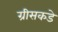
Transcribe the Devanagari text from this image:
ग्रीसकडे